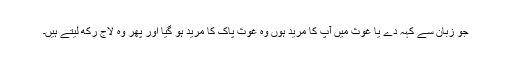
جو زبان سے کہہ دے یا غوث میں آپ کا مرید ہوں وہ غوث پاک کا مرید ہو گیا اور پھر وہ لاج رکھ لیتے ہیں۔